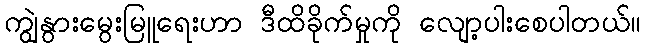
ကျွဲနွားမွေးမြူရေးဟာ ဒီထိခိုက်မှုကို လျော့ပါးစေပါတယ်။